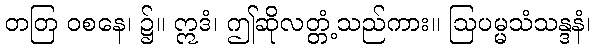
တတြ ဝစနေ၊ ၌။ ဣဒံ၊ ဤဆိုလတ္တံ့သည်ကား။ ဩပမ္မသံသန္ဒနံ၊